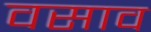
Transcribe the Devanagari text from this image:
वसाव